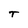
Character: T